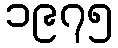
၁၉၇၅